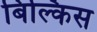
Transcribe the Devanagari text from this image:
बिल्किस